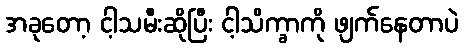
အခုတော့ ငါ့သမီးဆိုပြီး ငါ့သိက္ခာကို ဖျက်နေတာပဲ